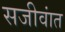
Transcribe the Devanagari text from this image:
सजीवांत